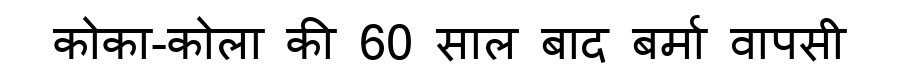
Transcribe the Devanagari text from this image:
कोका-कोला की 60 साल बाद बर्मा वापसी